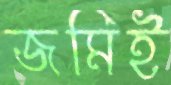
জমিই